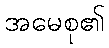
အမေစု၏